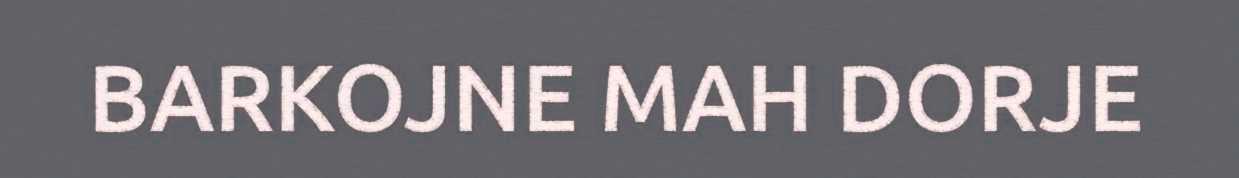
BARKOJNE MAH DORJE